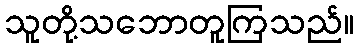
သူတို့သဘောတူကြသည်။